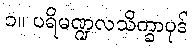
၁။ ပရိမဏ္ဍလသိက္ခာပုဒ်